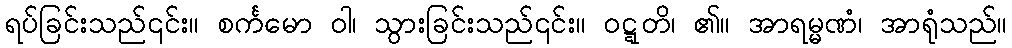
ရပ်ခြင်းသည်၎င်း။ စင်္ကမော ဝါ၊ သွားခြင်းသည်၎င်း။ ဝဋ္ဋတိ၊ ၏။ အာရမ္မဏံ၊ အာရုံသည်။